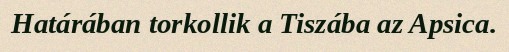
Határában torkollik a Tiszába az Apsica.